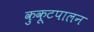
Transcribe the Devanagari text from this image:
कुकूटपालन